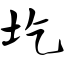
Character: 圪